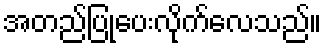
အတည်ပြုပေးလိုက်လေသည်။